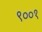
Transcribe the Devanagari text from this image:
९००१